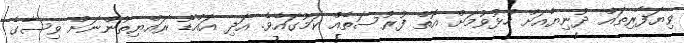
ވިޔަފާރިތައް ދުނިޔެއަށް ހުޅުވުމަށް އޮތް ފުރުސަތެއް ކަމުގައެވެ. އަދި އައްޑޫ ރައްޔިތުންނަށް ވިސާގެ